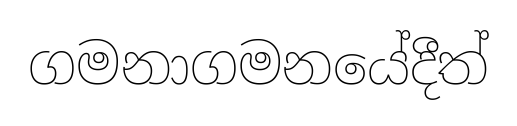
ගමනාගමනයේදීත්